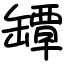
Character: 罈